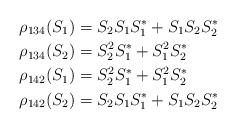
LaTeX: \begin{align*}&\rho_{134}(S_1)= S_2S_1S_1^*+S_1S_2S_2^*\\&\rho_{134}(S_2)= S_2^2S_1^*+S_1^2S_2^*\\&\rho_{142}(S_1)= S_2^2S_1^*+S_1^2S_2^*\\&\rho_{142}(S_2)= S_2S_1S_1^*+S_1 S_2S_2^*\end{align*}